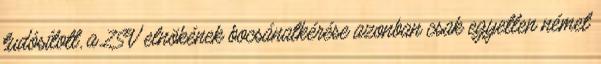
tudósított, a ZSV elnökének bocsánatkérése azonban csak egyetlen német